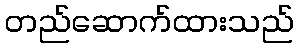
တည်ဆောက်ထားသည်